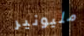
مليونير